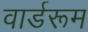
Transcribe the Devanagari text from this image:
वार्डरूम